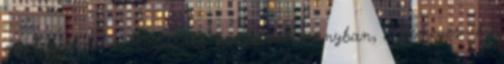
mint például a magasabb kontraszt arányban, a remegés- és